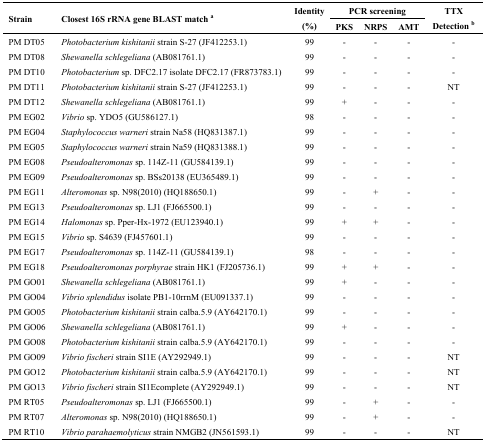
<table><thead><tr><td rowspan="2"><b>Strain</b></td><td rowspan="2"><b>Closest 16S rRNA gene BLAST match <sup>a</sup></b></td><td><b>Identity</b></td><td colspan="3"><b>PCR screening</b></td><td><b>TTX </b></td></tr><tr><td><b>(%)</b></td><td><b>PKS</b></td><td><b>NRPS</b></td><td><b>AMT</b></td><td><b>Detection <sup>b</sup></b></td></tr></thead><tbody><tr><td>PM DT05</td><td><i>Photobacterium</i><i> kishitanii</i> strain S-27 (JF412253.1)</td><td>99</td><td>-</td><td>-</td><td>-</td><td>-</td></tr><tr><td>PM DT08</td><td><i>Shewanella</i><i>schlegeliana</i> (AB081761.1)</td><td>99</td><td>-</td><td>-</td><td>-</td><td>-</td></tr><tr><td>PM DT10</td><td><i>Photobacterium</i> sp. DFC2.17 isolate DFC2.17 (FR873783.1)</td><td>99</td><td>-</td><td>-</td><td>-</td><td>-</td></tr><tr><td>PM DT11</td><td><i>Photobacterium</i><i> kishitanii</i> strain S-27 (JF412253.1)</td><td>99</td><td>-</td><td>-</td><td>-</td><td>NT</td></tr><tr><td>PM DT12</td><td><i>Shewanella</i><i> schlegeliana</i> (AB081761.1)</td><td>99</td><td>+</td><td>-</td><td>-</td><td>-</td></tr><tr><td>PM EG02</td><td><i>Vibrio</i> sp. YDO5 (GU586127.1)</td><td>98</td><td>-</td><td>-</td><td>-</td><td>-</td></tr><tr><td>PM EG04</td><td><i>Staphylococcus warneri</i> strain Na58 (HQ831387.1)</td><td>99</td><td>-</td><td>-</td><td>-</td><td>-</td></tr><tr><td>PM EG05</td><td><i>Staphylococcus warneri</i> strain Na59 (HQ831388.1)</td><td>99</td><td>-</td><td>-</td><td>-</td><td>-</td></tr><tr><td>PM EG08</td><td><i>Pseudoalteromonas</i> sp. 114Z-11 (GU584139.1)</td><td>99</td><td>-</td><td>-</td><td>-</td><td>-</td></tr><tr><td>PM EG09</td><td><i>Pseudoalteromonas</i> sp. BSs20138 (EU365489.1)</td><td>99</td><td>-</td><td>-</td><td>-</td><td>-</td></tr><tr><td>PM EG11</td><td><i>Alteromonas</i> sp. N98(2010) (HQ188650.1)</td><td>99</td><td>-</td><td>+</td><td>-</td><td>-</td></tr><tr><td>PM EG13</td><td><i>Pseudoalteromonas</i> sp. LJ1 (FJ665500.1)</td><td>99</td><td>-</td><td>-</td><td>-</td><td>-</td></tr><tr><td>PM EG14</td><td><i>Halomonas</i> sp. Pper-Hx-1972 (EU123940.1)</td><td>99</td><td>+</td><td>+</td><td>-</td><td>-</td></tr><tr><td>PM EG15</td><td><i>Vibrio</i> sp. S4639 (FJ457601.1)</td><td>99</td><td>-</td><td>-</td><td>-</td><td>-</td></tr><tr><td>PM EG17</td><td><i>Pseudoalteromonas</i> sp. 114Z-11 (GU584139.1)</td><td>98</td><td>-</td><td>-</td><td>-</td><td>-</td></tr><tr><td>PM EG18</td><td><i>Pseudoalteromonas</i><i>porphyrae</i> strain HK1 (FJ205736.1)</td><td>99</td><td>+</td><td>+</td><td>-</td><td>-</td></tr><tr><td>PM GO01</td><td><i>Shewanella</i><i>schlegeliana</i> (AB081761.1)</td><td>99</td><td>+</td><td>-</td><td>-</td><td>-</td></tr><tr><td>PM GO04</td><td><i>Vibrio</i><i>splendidus</i> isolate PB1-10rrnM (EU091337.1)</td><td>99</td><td>-</td><td>-</td><td>-</td><td>-</td></tr><tr><td>PM GO05</td><td><i>Photobacterium</i><i>kishitanii</i> strain calba.5.9 (AY642170.1)</td><td>99</td><td>-</td><td>-</td><td>-</td><td>-</td></tr><tr><td>PM GO06</td><td><i>Shewanella</i><i> schlegeliana</i> (AB081761.1)</td><td>99</td><td>+</td><td>-</td><td>-</td><td>-</td></tr><tr><td>PM GO08</td><td><i>Photobacterium</i><i>kishitanii</i> strain calba.5.9 (AY642170.1)</td><td>99</td><td>-</td><td>-</td><td>-</td><td>-</td></tr><tr><td>PM GO09</td><td><i>Vibrio</i><i>fischeri</i> strain SI1E (AY292949.1)</td><td>99</td><td>-</td><td>-</td><td>-</td><td>NT</td></tr><tr><td>PM GO12</td><td><i>Photobacterium</i><i>kishitanii</i> strain calba.5.9 (AY642170.1)</td><td>99</td><td>-</td><td>-</td><td>-</td><td>NT</td></tr><tr><td>PM GO13</td><td><i>Vibrio fischeri</i> strain SI1Ecomplete (AY292949.1)</td><td>99</td><td>-</td><td>-</td><td>-</td><td>NT</td></tr><tr><td>PM RT05</td><td><i>Pseudoalteromonas</i> sp. LJ1 (FJ665500.1)</td><td>99</td><td>-</td><td>+</td><td>-</td><td>-</td></tr><tr><td>PM RT07</td><td><i>Alteromonas</i> sp. N98(2010) (HQ188650.1)</td><td>99</td><td>-</td><td>+</td><td>-</td><td>-</td></tr><tr><td>PM RT10</td><td><i>Vibrio parahaemolyticus</i> strain NMGB2 (JN561593.1)</td><td>99</td><td>-</td><td>-</td><td>-</td><td>NT</td></tr></tbody></table>